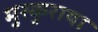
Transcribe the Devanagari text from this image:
मुस्कुराया